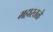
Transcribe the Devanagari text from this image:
महारतळे